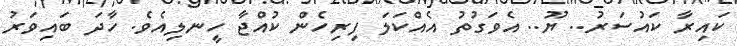
ކައިރާ ކައުސަރު.. ޔޫ.. އެވަގުތު އެއްކަލަ ފިރިހެން ކުއްޖާ ހީނލިއެވެ. ހާދަ ބައިވަރު